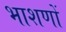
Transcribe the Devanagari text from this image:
भाशणों